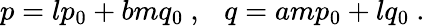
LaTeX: p=lp_{0}+bmq_{0}\ ,\ \ \ q=amp_{0}+lq_{0}\ .